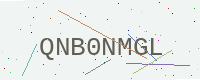
Text: QNB0NMGL